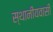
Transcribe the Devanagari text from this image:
स्थानीयवासी